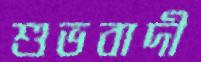
শুভবাদী